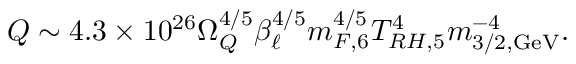
Q \sim 4 . 3 \times 1 0 ^ { 2 6 } \Omega _ { Q } ^ { 4 / 5 } \beta _ { \ell } ^ { 4 / 5 } m _ { F , 6 } ^ { 4 / 5 } T _ { R H , 5 } ^ { 4 } m _ { 3 / 2 , \mathrm { G e V } } ^ { - 4 } .